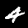
Label: 4